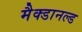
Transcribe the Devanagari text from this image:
मैक्डानल्ड